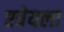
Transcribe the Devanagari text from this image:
एवेयला